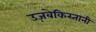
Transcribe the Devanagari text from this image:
उज़बेकिस्तानी